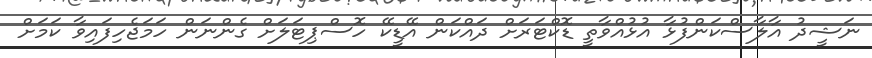
ނަޝީދު އާލާސްކަންފުޅާ އުޅުއްވާތީ ޑޮކްޓަރަށް ދައްކަން އޭޑީކޭ ހޮސްޕިޓަލަށް ގެންނަން ހަމަޖެހިފައިވާ ކަމަށް